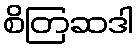
စိတြဆဒါ